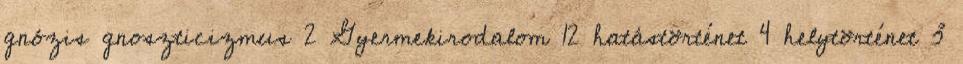
gnózis gnoszticizmus 2 Gyermekirodalom 12 hatástörténet 4 helytörténet 3